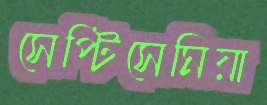
সেপ্টিসেমিয়া